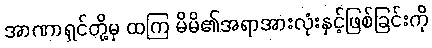
အာဏာရှင်တို့မှ ထကြ မိမိ၏အရာအားလုံးနှင့်ဖြစ်ခြင်းကို